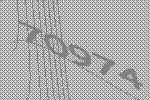
70974